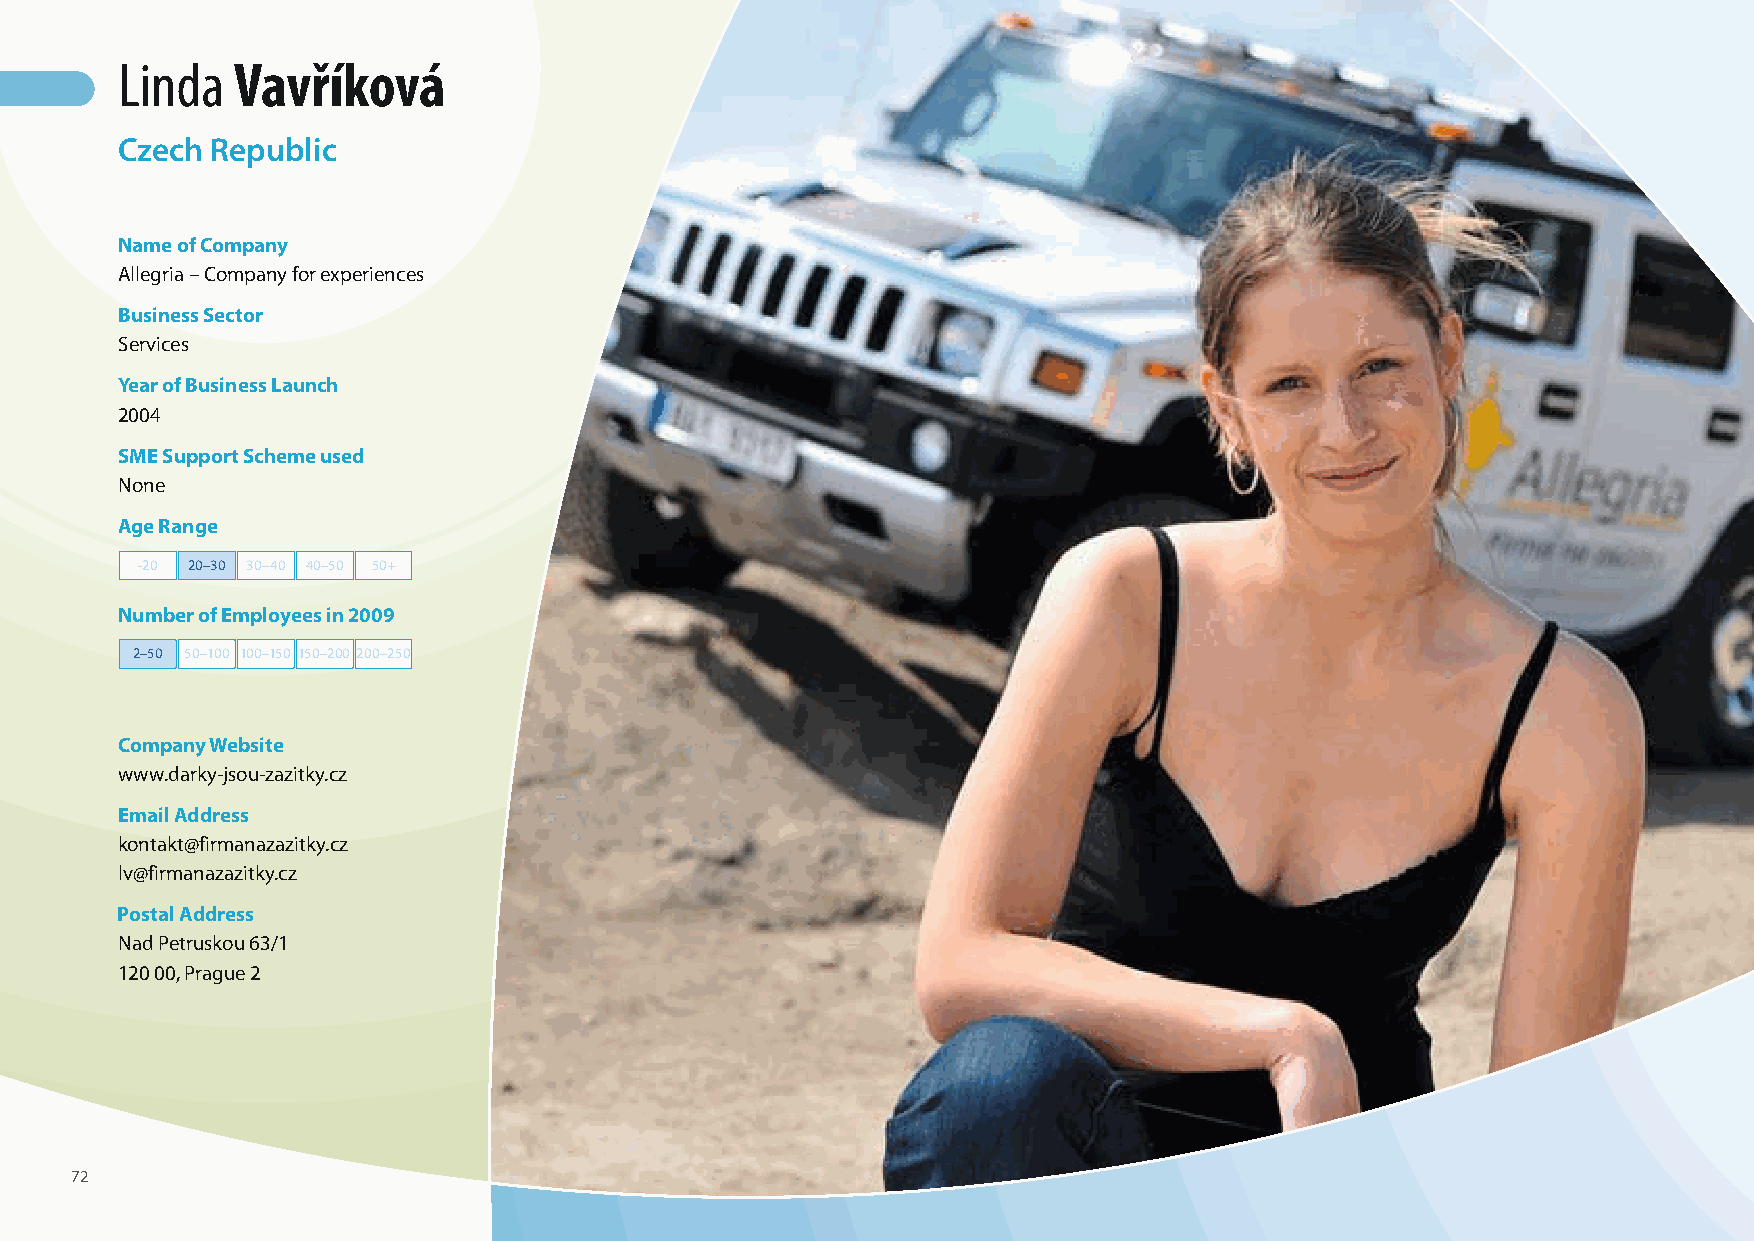
Linda  Vavříková
 Czech Republic
 Name of Company
 Allegria – Company for experiences
 Business Sector
 Services
 Year of Business Launch
 2004
 SME Support Scheme used
 None
 Age Range
 -20 20–30 30–40 40–50 50+
 Number of Employees in 2009
 2–50 50–100 100–150 150–200 200–250
 Company Website
 www.darky-jsou-zazitky.cz
 Email Address
 kontakt@firmanazazitky.cz
 lv@firmanazazitky.cz
 Postal Address
 Nad Petruskou 63/1
 120 00, Prague 2
 72
 100426_SMEweek_broch_A4quer_hw.indd 72                                                                   27.04.2010 9:15:32 Uhr